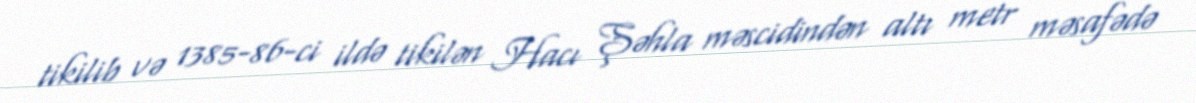
tikilib və 1385-86-ci ildə tikilən Hacı Şəhla məscidindən altı metr məsafədə